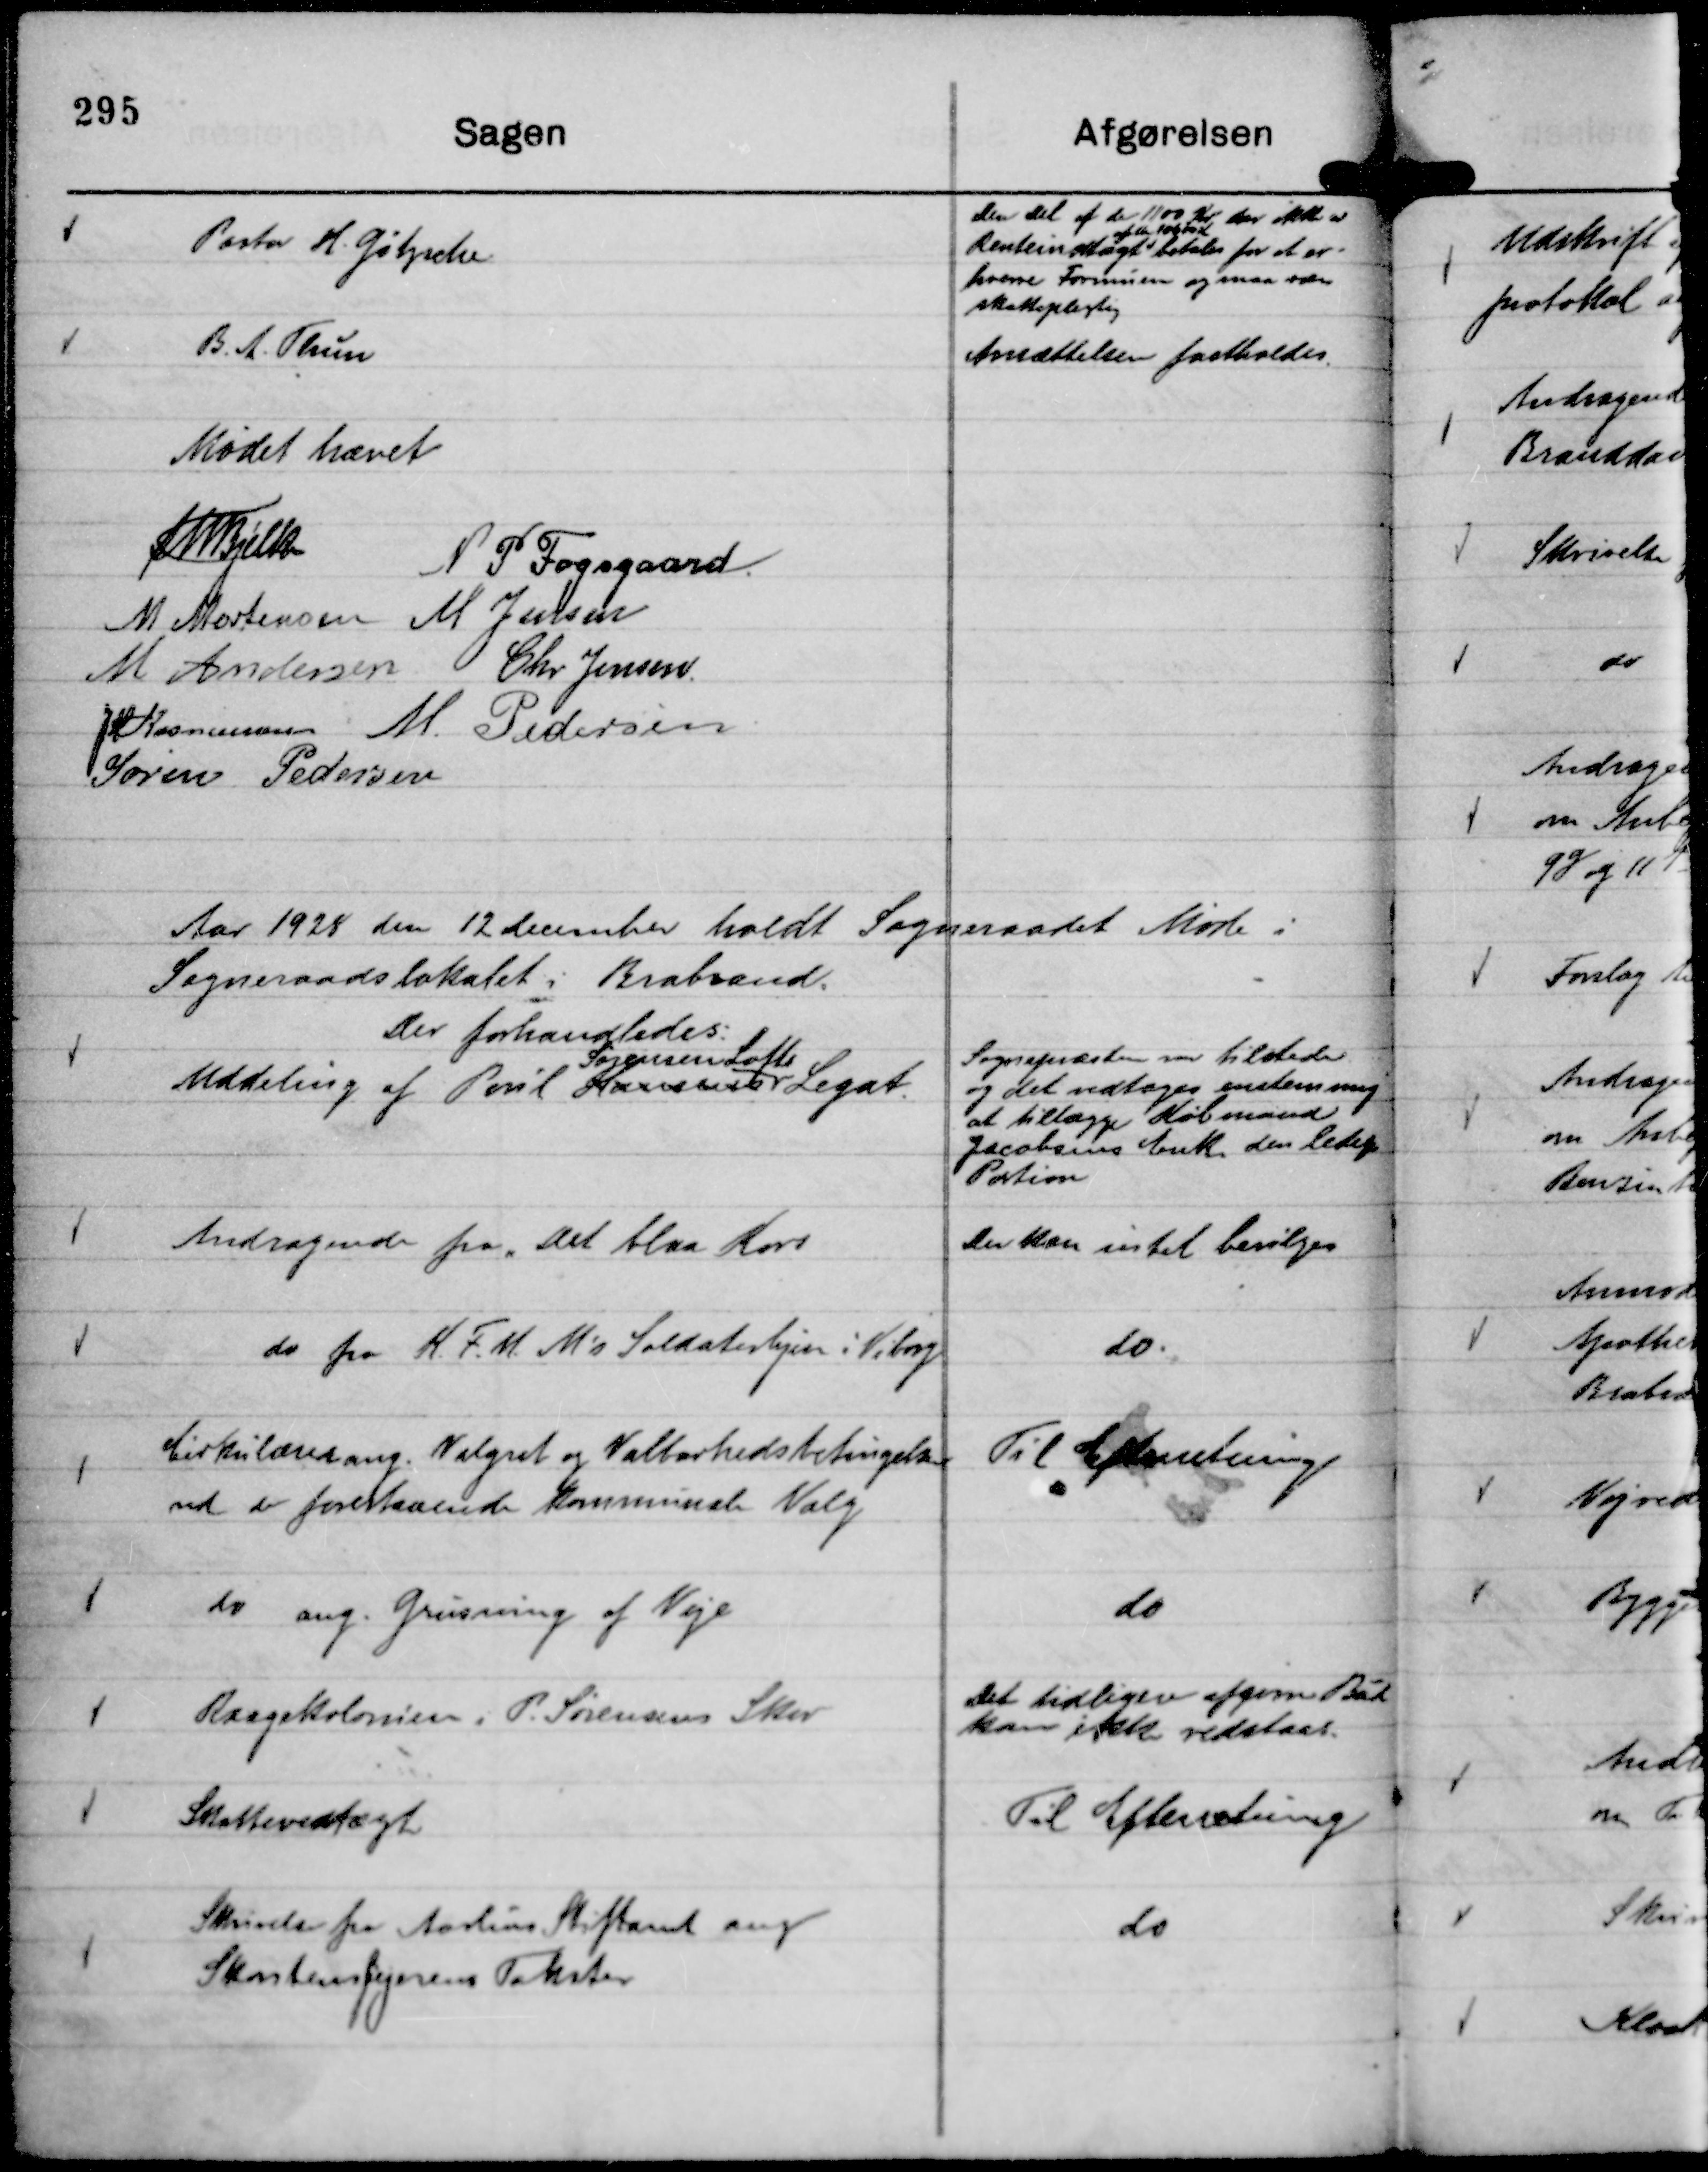
Transskription:
Pastor H. Gøtzsche

Den Del af de 1100 Kr der ikke er
Renteindtægt
af de 10600 Kr
betales for at er-
hverve Formuen og maa være
skattepligtig

B. A. Thun

Ansættelsen fastholdes.

Mødet hævet
Th Bjelke
N P Fogsgaard.
M Mortensen
M Jensen
M Andersen
Chr Jensen.
J M Rasmussen
M. Pedersen
Søren Pedersen

Aar 1928 den 12 December holdt Sogneraadet Møde i
Sogneraadslokalet i Brabrand.
Der forhandledes:

Uddeling af Poul Hansens
Sørensen Lofts
Legat.

Sognepræsten var tilstede
og det vedtages enstemmig
at tillægge Købmand
Jacobsens Enke den ledige
Portion

Andragende fra " Det blaa Kors

Der kan intet bevilges

do fra K. F. U. M's Soldaterhjem i Viborg

do.

Cirkulære ang. Valgret og Valbarhedsbetingelser
ved de forestaaende kommunale Valg

Til Efterretning

do ang. Grusning af Veje

do

Raagekolonien i P. Sørensens Skov

Det tidligere afgivne Bud
kan ikke vedstaas.

Skattevedtægt

Til Efterretning

Skrivelse fra Aarhus Stiftamt ang
Skorstensfejernes Takster

do